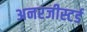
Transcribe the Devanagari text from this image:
अनरजीस्टर्ड